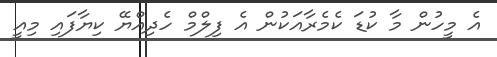
އެ މީހުން މާ ކުޑަ ކެމެރާއަކުން އެ ފިލްމް ހެދިއްޔޭ ކިޔާފައި މިއީ